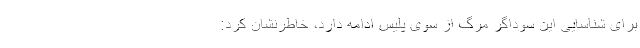
برای شناسایی این سوداگر مرگ از سوی پلیس ادامه دارد، خاطرنشان کرد: